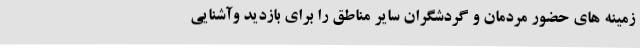
زمینه های حضور مردمان و گردشگران سایر مناطق را برای بازدید وآشنایی